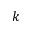
k